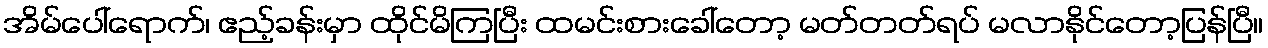
အိမ်ပေါ်ရောက်၊ ဧည့်ခန်းမှာ ထိုင်မိကြပြီး ထမင်းစားခေါ်တော့ မတ်တတ်ရပ် မလာနိုင်တော့ပြန်ပြီ။